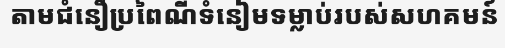
តាមជំនឿប្រពៃណីទំនៀមទម្លាប់របស់សហគមន៍